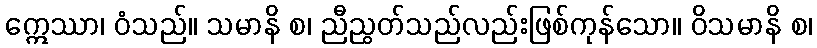
ဣေဿာ၊ ဝံသည်။ သမာနိ စ၊ ညီညွတ်သည်လည်းဖြစ်ကုန်သော။ ဝိသမာနိ စ၊